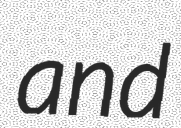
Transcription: and